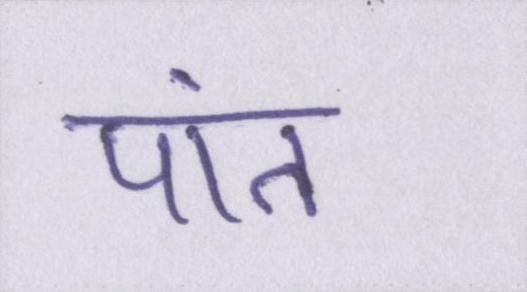
पांत